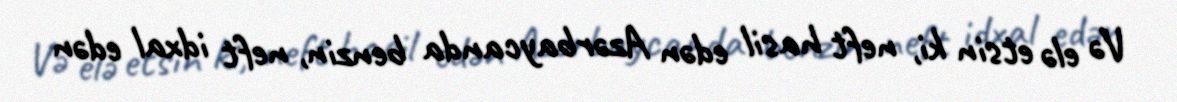
Və elə etsin ki, neft hasil edən Azərbaycanda benzin, neft idxal edən